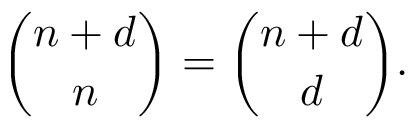
{ \binom { n + d } { n } } = { \binom { n + d } { d } } .